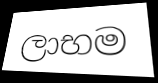
ලාභම